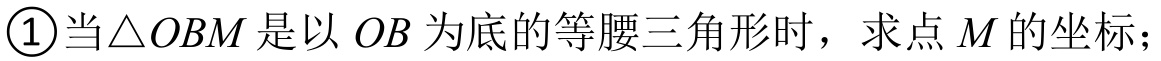
\textcircled{1}当\(\triangle OBM\)是以\(OB\)为底的等腰三角形时，求点\(M\)的坐标；